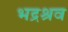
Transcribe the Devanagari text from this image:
भद्रश्रव